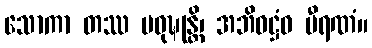
သောကာ တဿ ပဝုဍ္ဎုန္တိ၊ အဘိဝဋ္ဌံဝ ဗီရဏံ။